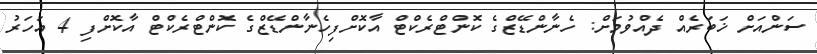
ސަންއަށް ޚަބަރެއް ދެއްވުމަށް: ހެނާންޑޭޒްގެ ކޮންޓްރެކްޓް އާކޮށްފިހެނާންޑޭޒްގެ ކޮންޓްރެކްޓް އާކޮށްފި 4 އަހަރު